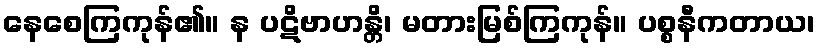
နေစေကြကုန်၏။ န ပဋိဗာဟန္တိ၊ မတားမြစ်ကြကုန်။ ပစ္စနီကတာယ၊